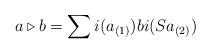
LaTeX: \begin{align*}a \triangleright b = \sum i(a_{(1)})b i (Sa_{(2)})\end{align*}